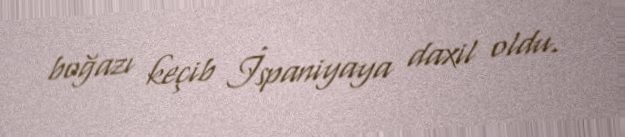
boğazı keçib İspaniyaya daxil oldu.